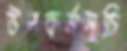
উপকর্মসূচি